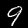
Label: 9